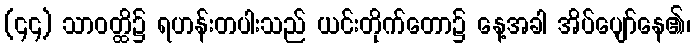
(၄၄) သာဝတ္ထိ၌ ရဟန်းတပါးသည် ယင်းတိုက်တော၌ နေ့အခါ အိပ်ပျော်နေ၏၊